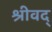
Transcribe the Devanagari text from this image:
श्रीवद्‌